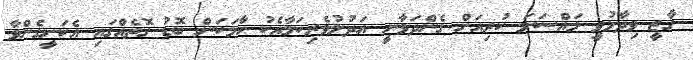
ގާޒީ ވިދާޅުވީ މައްސަލަ ކުރިއަށް ގެންދަވާނީ އަދުލުވެރިކަމާއެކު ހާމަކަން ބޮޑު ގޮތެއްގައި އެކަށީގެންވާ